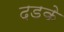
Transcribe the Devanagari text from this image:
दडके